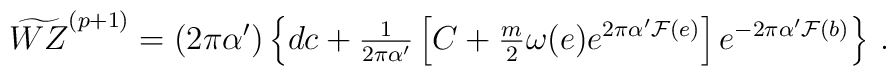
\widetilde{WZ}^{(p+1)}=(2\pi\alpha^\prime)\left\{dc+{\textstyle\frac{1}{2\pi\alpha^\prime}}\left[C+{\textstyle\frac{m}{2}}\omega(e)e^{2\pi\alpha^\prime{\cal F}(e)}\right]e^{-2\pi\alpha^\prime {\cal F}(b)}\right\}\, .